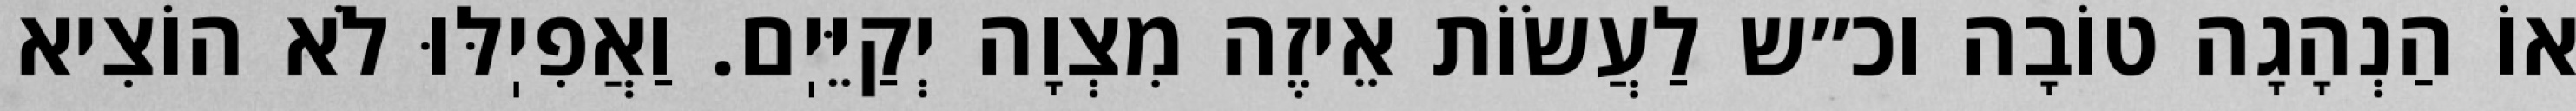
אוֹ הַנְהָגָה טוֹבָה וכ״ש לַעֲשׂוֹת אֵיזֶה מִצְוָה יְקַיֵּיֽם. וַאֲפִיֽלּוּ לֹא הוֹצִיא